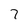
Character: 7